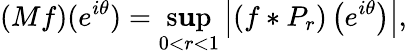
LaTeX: (Mf)(e^{i\theta})=\operatorname*{s\mathbf{u}p}_{0<r<1}\left|(f*P_{r})\left(e^{i\theta}\right)\right|,